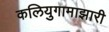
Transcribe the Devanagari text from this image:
कलियुगामाझारी